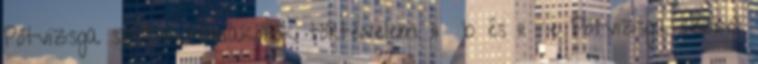
Pótvizsga szóbeli témakörök történelem 11 b és 11 e Pótvizsga szóbeli